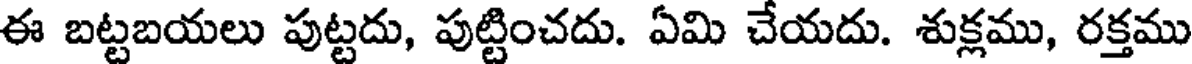
ఈ బట్టబయలు పుట్టదు, పుట్టించదు. ఏమి చేయదు. శుక్లము, రక్తము